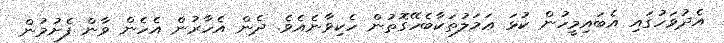
އެދުވަހުގައި އެބައިމީހުން ކުޅަ ޢަމަލުތަކާބެހޭގޮތުން ހެކިވާނެއެވެ. ދެން އެހާރުން އެހެން ވާން ފެށުމުން